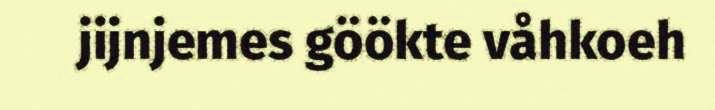
jijnjemes göökte våhkoeh